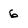
Character: 6